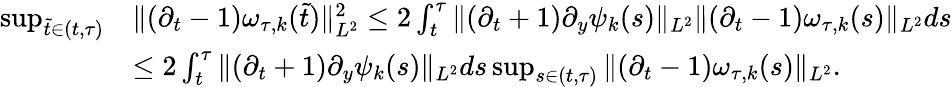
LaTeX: \begin{array}{rl}{\operatorname*{sup}_{\tilde{t}\in(t,\tau)}}&{\| (\partial_{t}-1)\omega_{\tau,k}(\tilde{t})\| _{L^{2}}^{2}\leq 2\int_{t}^{\tau}\| (\partial_{t}+1)\partial_{y}\psi_{k}(s)\| _{L^{2}}\| (\partial_{t}-1)\omega_{\tau,k}(s)\| _{L^{2}}ds}\\ &{\leq 2\int_{t}^{\tau}\| (\partial_{t}+1)\partial_{y}\psi_{k}(s)\| _{L^{2}}ds\operatorname*{sup}_{s\in(t,\tau)}\| (\partial_{t}-1)\omega_{\tau,k}(s)\| _{L^{2}}.}\end{array}